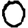
Digit: 0